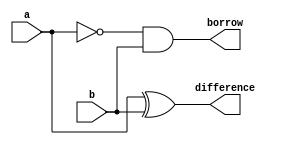
module half_subtractor(difference, borrow, a, b);
	
	input a, b;
	output difference, borrow;

	xor(difference, a, b); // difference = a(xor)b
	and(borrow, ~a, b);  // borrow = (not)a(and)b

endmodule
	

module full_subtractor(diff, borr, a, b, bin);
	
	input a, b, bin;
	output diff, borr;
	wire d1, b1, b2;	

	half_subtractor h1(d1, b1, a, b);
	half_subtractor h2(diff, b2, d1, bin);
	or o1(borr, b1, b2);

endmodule